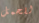
للحمل